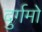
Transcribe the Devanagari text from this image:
दुर्गमो